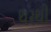
થરથી